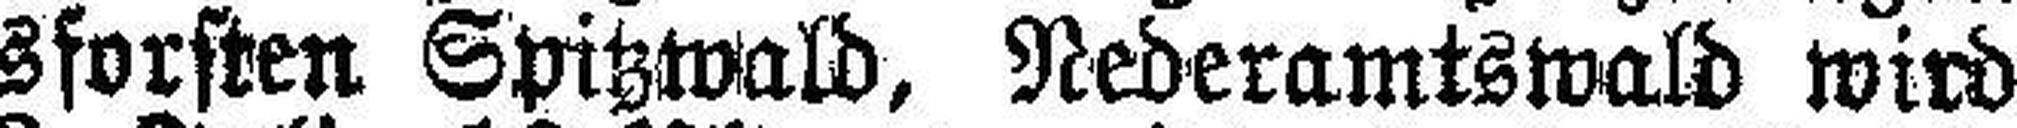
in den Staatsforsten Spitzwald, Nederamtswald wird